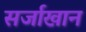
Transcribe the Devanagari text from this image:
सर्जाखान